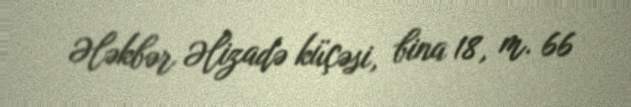
Ələkbər Əlizadə küçəsi, bina 18, m. 66